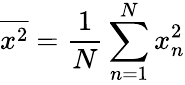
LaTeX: \overline{{x^{2}}}=\frac{1}{N}\sum_{n=1}^{N}x_{n}^{2}